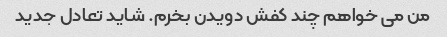
من می خواهم چند کفش دویدن بخرم. شاید تعادل جدید